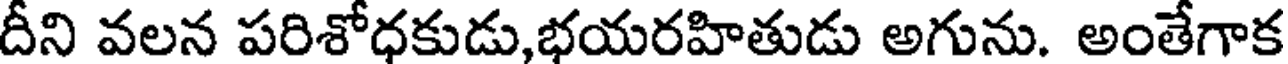
దీని వలన పరిశోధకుడు,భయరహితుడు అగును. అంతేగాక